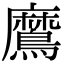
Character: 䳸